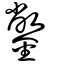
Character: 鐅